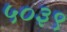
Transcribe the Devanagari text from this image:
५०३९